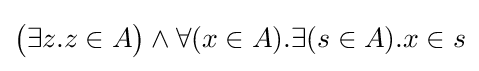
{\big (}\exists z.z\in A{\big )}\land \forall (x\in A).\exists (s\in A).x\in s